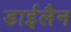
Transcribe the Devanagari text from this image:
डाईलैन